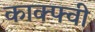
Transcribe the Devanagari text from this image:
काक्फ्वी